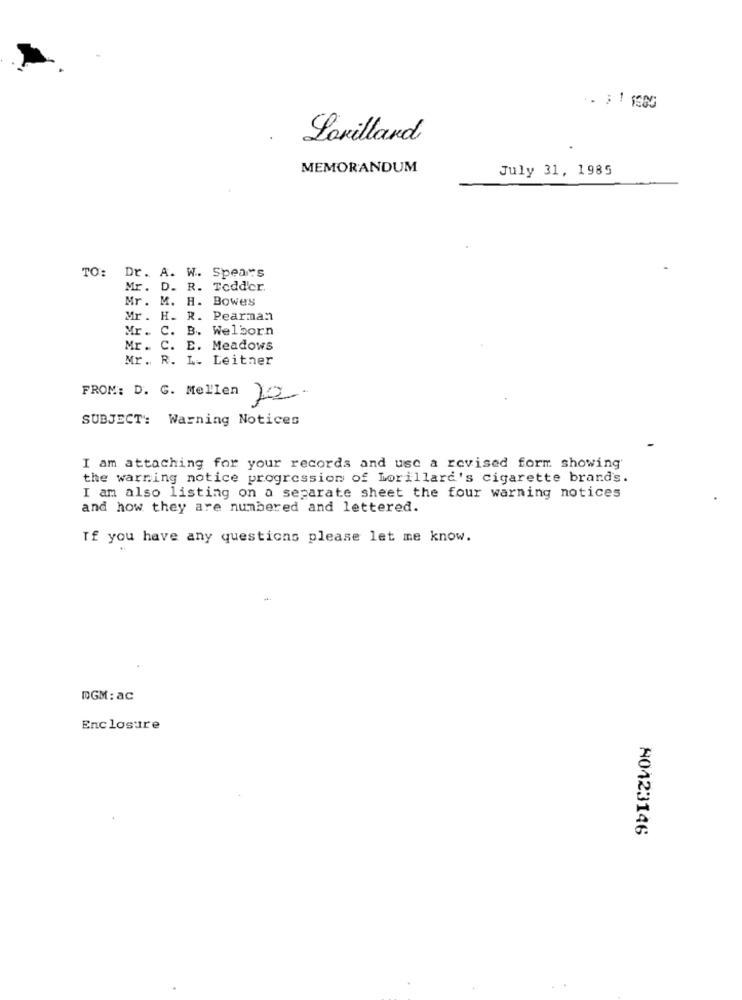
Lovillard
MEMORANDUM
July 31, 1985
TO: Dr. A. W. Spears
Mr. D. R. Tedder.
Mr. M. H. Bowes
Mr. H. R. Pearman
Mr. C. B. Welborn
Mr. C. E. Meadows
Mr. R. L. Leitner
FROM: D. G. Mellen
SUBJECT: Warning Notices
I am attaching for your records and use a revised form showing'
the warning notice progression of Lorillard's cigarette brands.
I am also listing on a separate sheet the four warning notices
and how they are numbered and lettered.
If you have any questions please let me know.
DGM: ac
Enclosure
A0423146